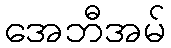
အေဘီအမ်